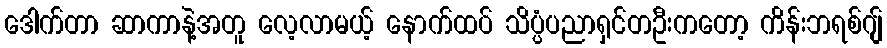
ဒေါက်တာ ဆာကာနဲ့အတူ လေ့လာမယ့် နောက်ထပ် သိပ္ပံပညာရှင်တဦးကတော့ ကိန်းဘရစ်ဂျ်